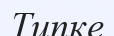
Типке